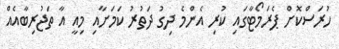
ހުރަސްކޮށް ޕެރަމޯޓާގައި ކުރި އެންމެ ދިގު ދަތުރު ކަމަށާއި މިއީ އާ ތަޖުރިބާއެއް